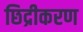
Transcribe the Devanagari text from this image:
छिद्रीकरण